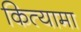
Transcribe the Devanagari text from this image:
कित्यामा